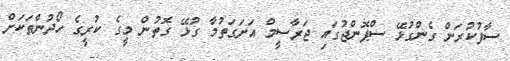
ސާފުކުރަން ގެންގުޅޭ ސްޕޮންޖުގައި ޖަރާސީމް އަށަގަތުމާ ގުޅޭ ގޮތުން މީގެ ކުރީގެ ހޯދުންތަކަށް